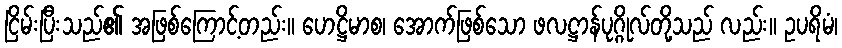
ငြိမ်းပြီးသည်၏ အဖြစ်ကြောင့်တည်း။ ဟေဋ္ဌိမာစ၊ အောက်ဖြစ်သော ဖလဋ္ဌာန်ပုဂ္ဂိုလ်တို့သည် လည်း။ ဥပရိမံ၊